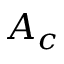
A _ { c }